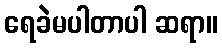
ရေခဲမပါတာပါ ဆရာ။